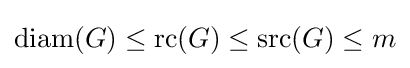
{\text{diam}}(G)\leq {\text{rc}}(G)\leq {\text{src}}(G)\leq m